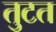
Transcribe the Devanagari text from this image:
तुटत